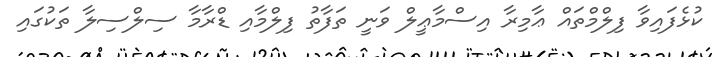
ކުޅެފައިވާ ފިލްމްތައް ޢާމިރާ އިސްމާޢީލް ވަނީ ތަފާތު ފިލްމާއި ޑްރާމާ ސިލްސިލާ ތަކުގައި